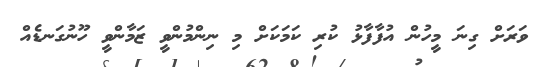
ވަރަށް ގިނަ މީހުން އުފާފާޅު ކުރި ކަމަކަށް މި ނިންމުންވީ ޒަމާންވީ ހޫނުގަނޑެއް